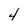
Character: 4